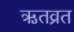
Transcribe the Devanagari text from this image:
ऋतव्रत